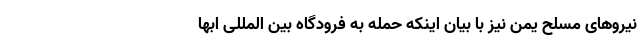
نیروهای مسلح یمن نیز با بیان اینکه حمله به فرودگاه بین المللی ابها